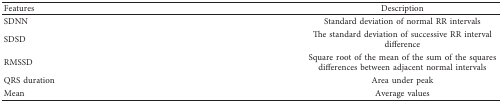
| Features | Description |
 | --- | --- |
 | SDNN | Standard deviation of normal RR intervals |
 | SDSD | The standard deviation of successive RR interval difference |
 | RMSSD | Square root of the mean of the sum of the squares differences between adjacent normal intervals |
 | QRS duration | Area under peak |
 | Mean | Average values |